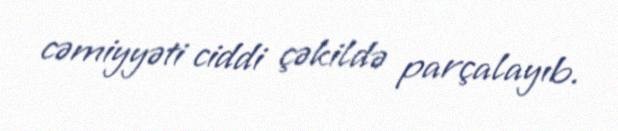
cəmiyyəti ciddi çəkildə parçalayıb.